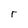
Character: r